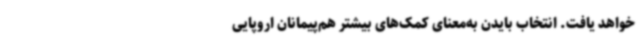
خواهد یافت. انتخاب بایدن به‌معنای کمک‌های بیشتر هم‌پیمانان اروپایی